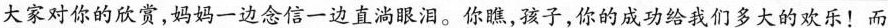
大家对你的欣赏，妈妈一边念信一边直淌眼泪。你瞧，孩子，你的成功给我们多大的欢乐！而